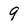
Character: 9